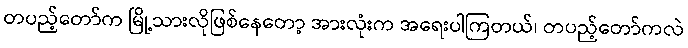
တပည့်တော်က မြို့သားလိုဖြစ်နေတော့ အားလုံးက အရေးပါကြတယ်၊ တပည့်တော်ကလဲ